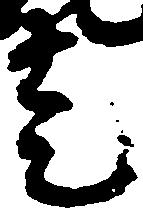
走